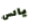
يائس